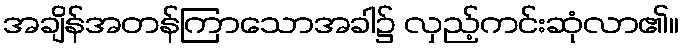
အချိန်အတန်ကြာသောအခါ၌ လှည့်ကင်းဆုံလာ၏။